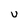
Character: U